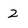
Character: 2